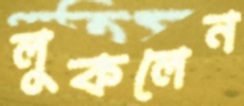
লুকলেন